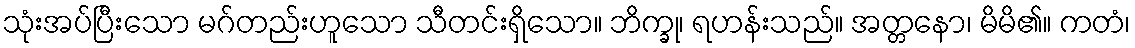
သုံးအပ်ပြီးသော မဂ်တည်းဟူသော သီတင်းရှိသော။ ဘိက္ခု၊ ရဟန်းသည်။ အတ္တနော၊ မိမိ၏။ ကတံ၊